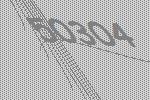
50304